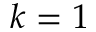
k = 1